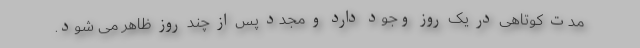
مدت کوتاهی در یک روز وجود دارد و مجدد پس از چند روز ظاهر می شود.